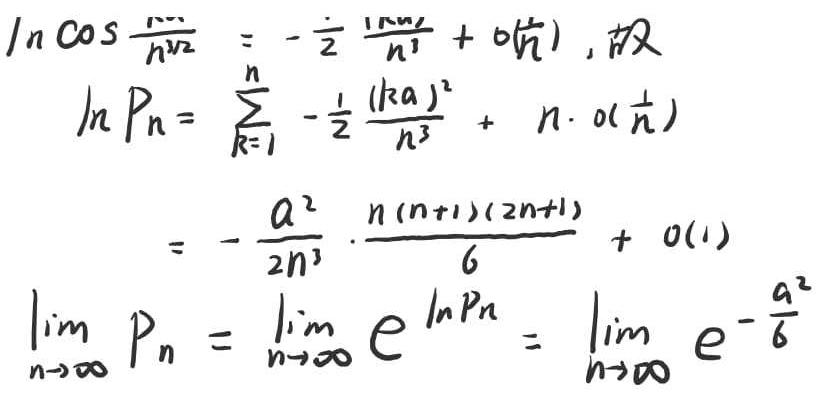
\[
\begin{align*}
\ln\cos\frac{a}{n\sqrt{2}}&=-\frac{1}{2}\frac{a^{2}}{n^{2}} + o(\frac{1}{n^{2}})\\
\ln P_{n}&=\sum_{k = 1}^{n}-\frac{1}{2}\frac{(ka)^{2}}{n^{3}}+n\cdot o(\frac{1}{n})\\
&=-\frac{a^{2}}{2n^{3}}\cdot\frac{n(n + 1)(2n + 1)}{6}+o(1)\\
\lim_{n\rightarrow\infty}P_{n}&=\lim_{n\rightarrow\infty}e^{\ln P_{n}}=\lim_{n\rightarrow\infty}e^{-\frac{a^{2}}{6}}
\end{align*}
\]